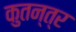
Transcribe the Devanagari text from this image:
कुतन्त्र